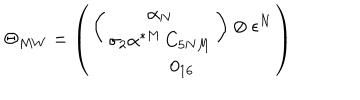
LaTeX: \Theta _ { M W } = \left( \begin{array} { c } { { \left( \begin{array} { c } { { \alpha _ { N } } } \\ { { \sigma _ { 2 } \alpha ^ { * M } \, C _ { 5 N M } } } \\ \end{array} \right) \otimes \epsilon ^ { N } } } \\ { { 0 _ { 1 6 } } } \\ \end{array} \right)